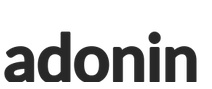
adonin